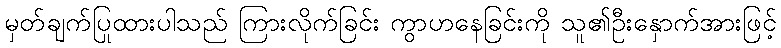
မှတ်ချက်ပြုထားပါသည် ကြားလိုက်ခြင်း ကွာဟနေခြင်းကို သူ၏ဦးနှောက်အားဖြင့်